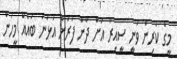
މީގެ ކުރިން ވަނީ ސީއިރާ އަށް ދާން ފުރަން އުޅުނު ބައެއް މީހުން